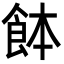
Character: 䬱